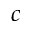
c